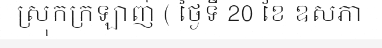
ស្រុកក្រឡាញ់ ( ថ្ងៃទី 20 ខែ ឧសភា